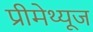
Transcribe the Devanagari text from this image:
प्रीमेथ्यूज